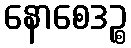
နောစေဒဉ္စ